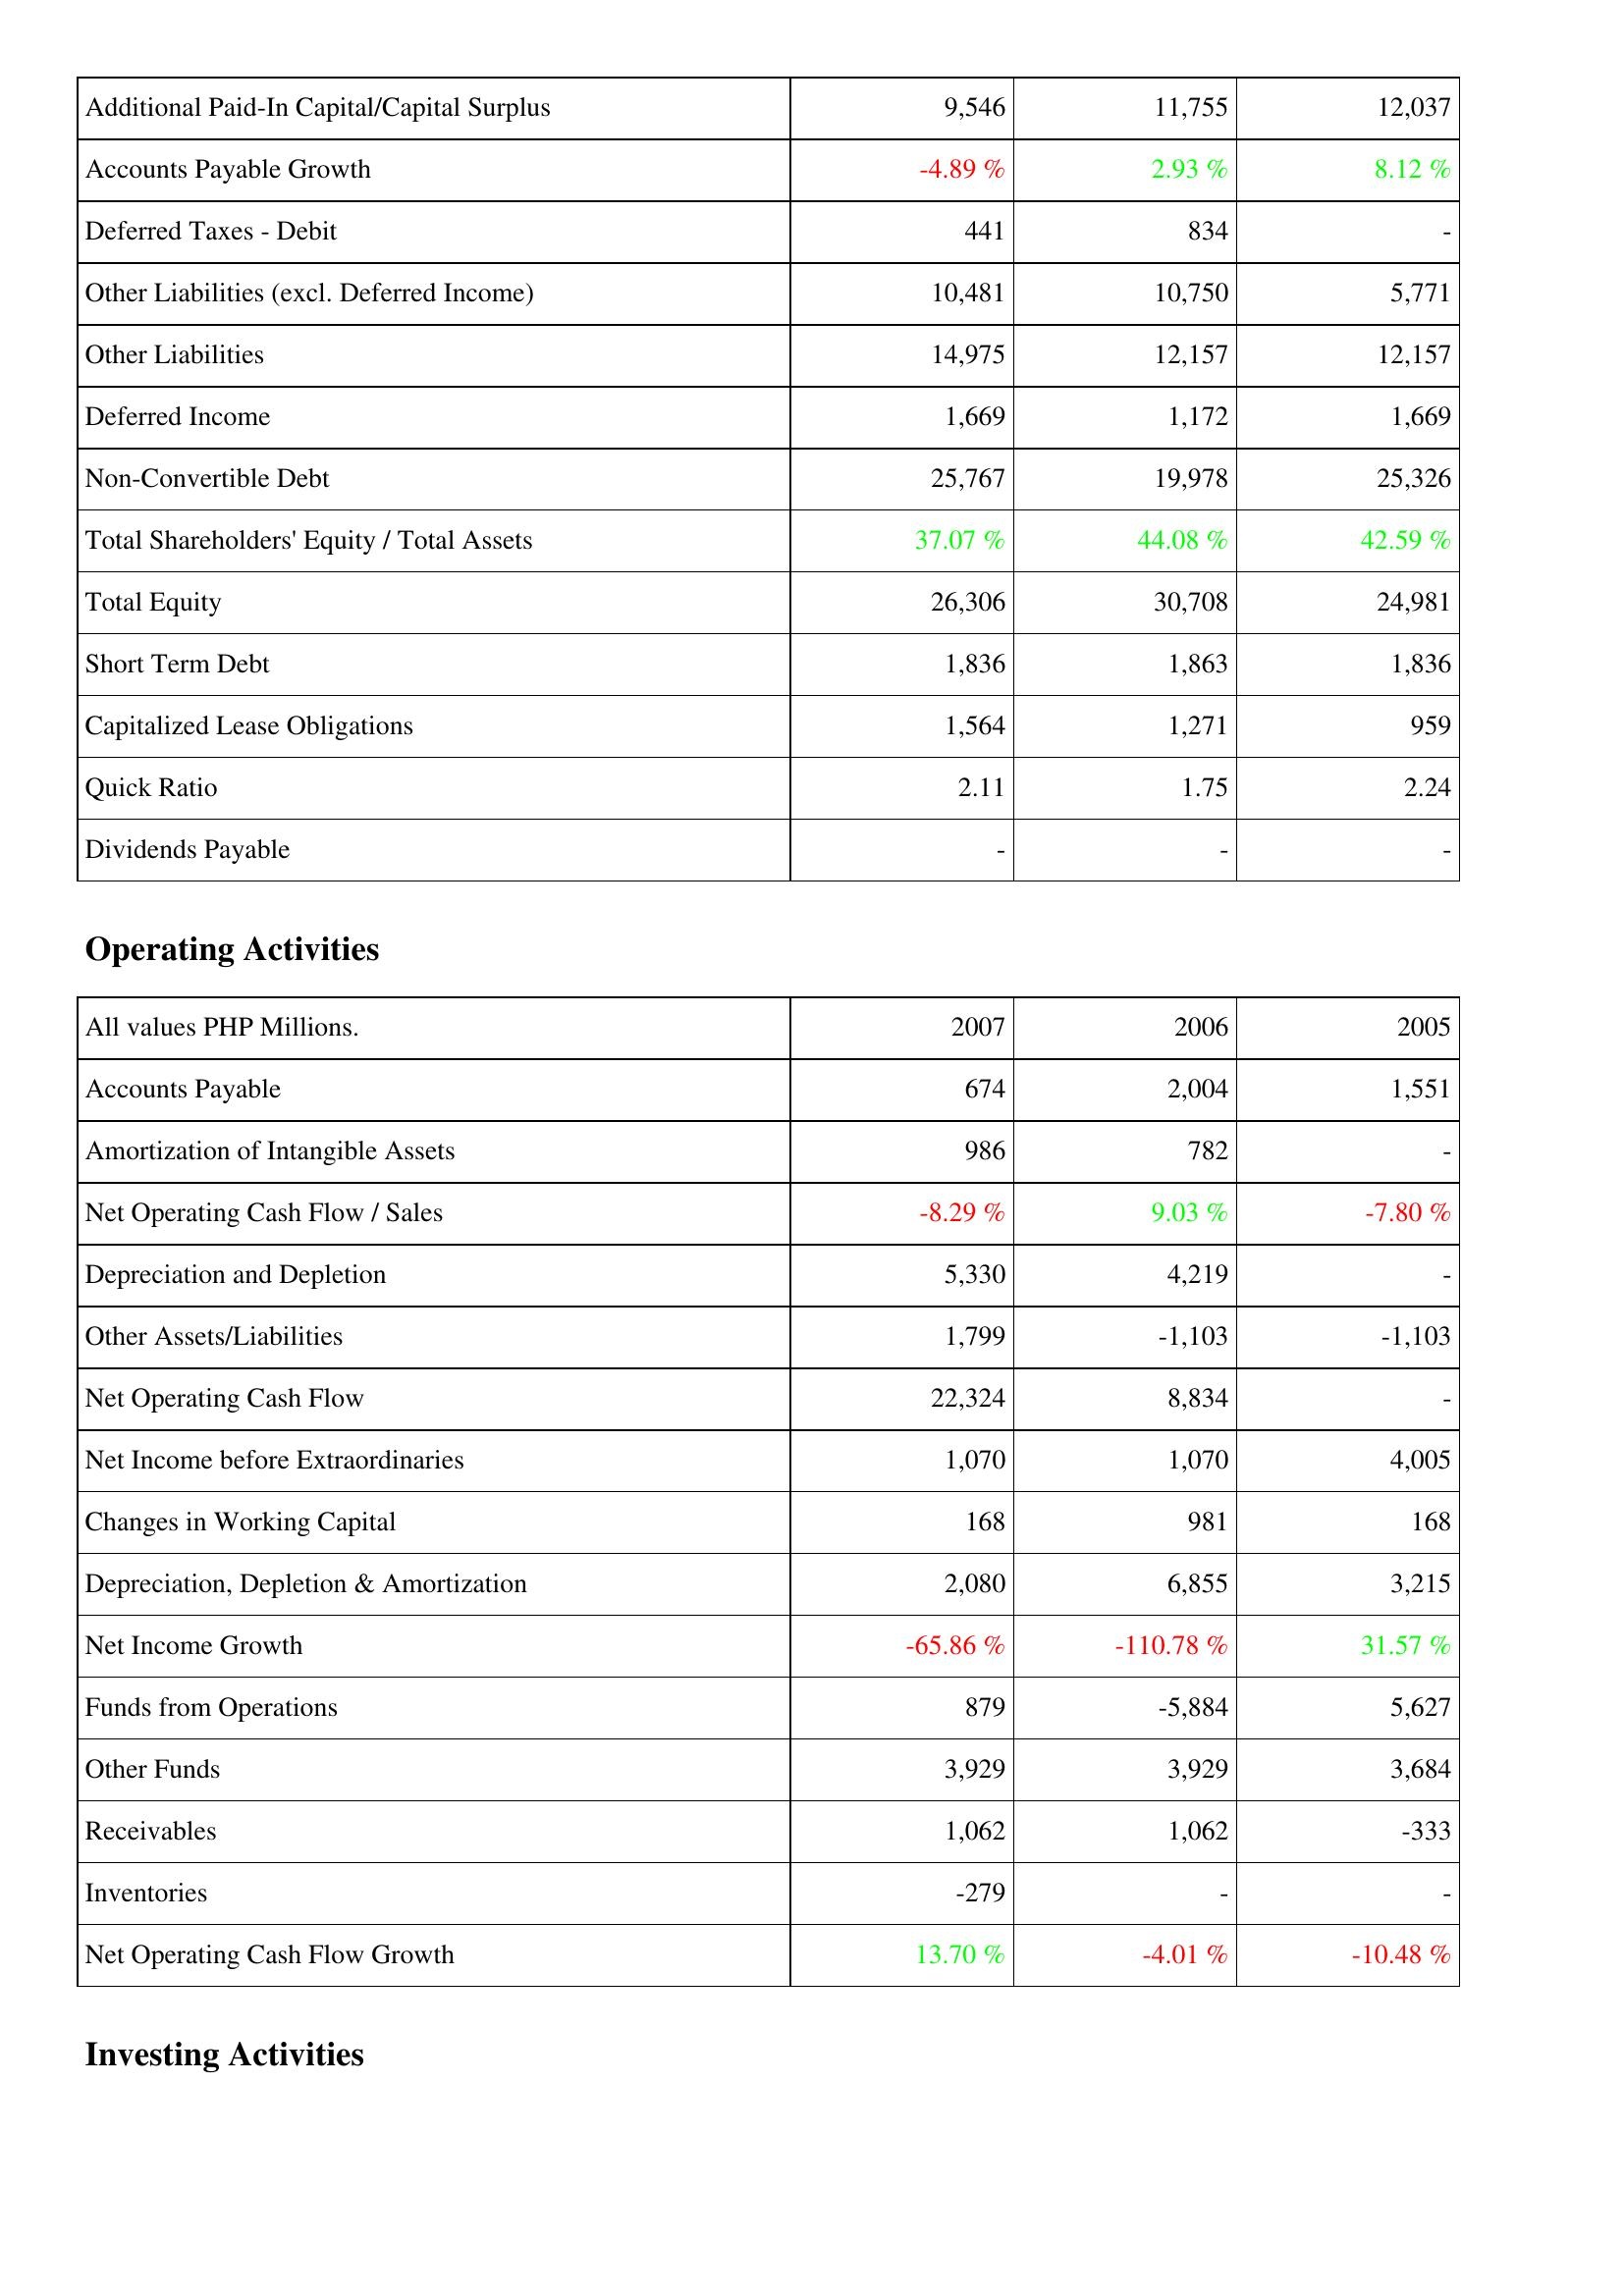
2007: Liabilities & Shareholders' Equity: Additional Paid-In Capital/Capital Surplus: 9,546
Accounts Payable Growth: -4.89 %
Deferred Taxes - Debit: 441
Other Liabilities (excl. Deferred Income): 10,481
Other Liabilities: 14,975
Deferred Income: 1,669
Non-Convertible Debt: 25,767
Total Shareholders' Equity / Total Assets: 37.07 %
Total Equity: 26,306
Short Term Debt: 1,836
Capitalized Lease Obligations: 1,564
Quick Ratio: 2.11
Dividends Payable: -
Operating Activities: Accounts Payable: 674
Amortization of Intangible Assets: 986
Net Operating Cash Flow / Sales: -8.29 %
Depreciation and Depletion: 5,330
Other Assets/Liabilities: 1,799
Net Operating Cash Flow: 22,324
Net Income before Extraordinaries: 1,070
Changes in Working Capital: 168
Depreciation, Depletion & Amortization: 2,080
Net Income Growth: -65.86 %
Funds from Operations: 879
Other Funds: 3,929
Receivables: 1,062
Inventories: -279
Net Operating Cash Flow Growth: 13.70 %
2006: Liabilities & Shareholders' Equity: Additional Paid-In Capital/Capital Surplus: 11,755
Accounts Payable Growth: 2.93 %
Deferred Taxes - Debit: 834
Other Liabilities (excl. Deferred Income): 10,750
Other Liabilities: 12,157
Deferred Income: 1,172
Non-Convertible Debt: 19,978
Total Shareholders' Equity / Total Assets: 44.08 %
Total Equity: 30,708
Short Term Debt: 1,863
Capitalized Lease Obligations: 1,271
Quick Ratio: 1.75
Dividends Payable: -
Operating Activities: Accounts Payable: 2,004
Amortization of Intangible Assets: 782
Net Operating Cash Flow / Sales: 9.03 %
Depreciation and Depletion: 4,219
Other Assets/Liabilities: -1,103
Net Operating Cash Flow: 8,834
Net Income before Extraordinaries: 1,070
Changes in Working Capital: 981
Depreciation, Depletion & Amortization: 6,855
Net Income Growth: -110.78 %
Funds from Operations: -5,884
Other Funds: 3,929
Receivables: 1,062
Inventories: -
Net Operating Cash Flow Growth: -4.01 %
2005: Liabilities & Shareholders' Equity: Additional Paid-In Capital/Capital Surplus: 12,037
Accounts Payable Growth: 8.12 %
Deferred Taxes - Debit: -
Other Liabilities (excl. Deferred Income): 5,771
Other Liabilities: 12,157
Deferred Income: 1,669
Non-Convertible Debt: 25,326
Total Shareholders' Equity / Total Assets: 42.59 %
Total Equity: 24,981
Short Term Debt: 1,836
Capitalized Lease Obligations: 959
Quick Ratio: 2.24
Dividends Payable: -
Operating Activities: Accounts Payable: 1,551
Amortization of Intangible Assets: -
Net Operating Cash Flow / Sales: -7.80 %
Depreciation and Depletion: -
Other Assets/Liabilities: -1,103
Net Operating Cash Flow: -
Net Income before Extraordinaries: 4,005
Changes in Working Capital: 168
Depreciation, Depletion & Amortization: 3,215
Net Income Growth: 31.57 %
Funds from Operations: 5,627
Other Funds: 3,684
Receivables: -333
Inventories: -
Net Operating Cash Flow Growth: -10.48 %